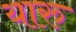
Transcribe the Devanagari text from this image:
यारु